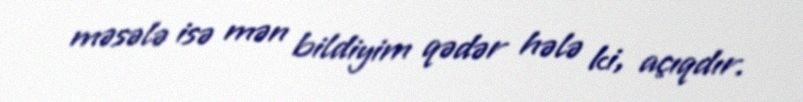
məsələ isə mən bildiyim qədər hələ ki, açıqdır.